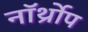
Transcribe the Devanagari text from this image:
नॉर्थ्रोप